Eesti_Toorahva_Kommuun, lk 41
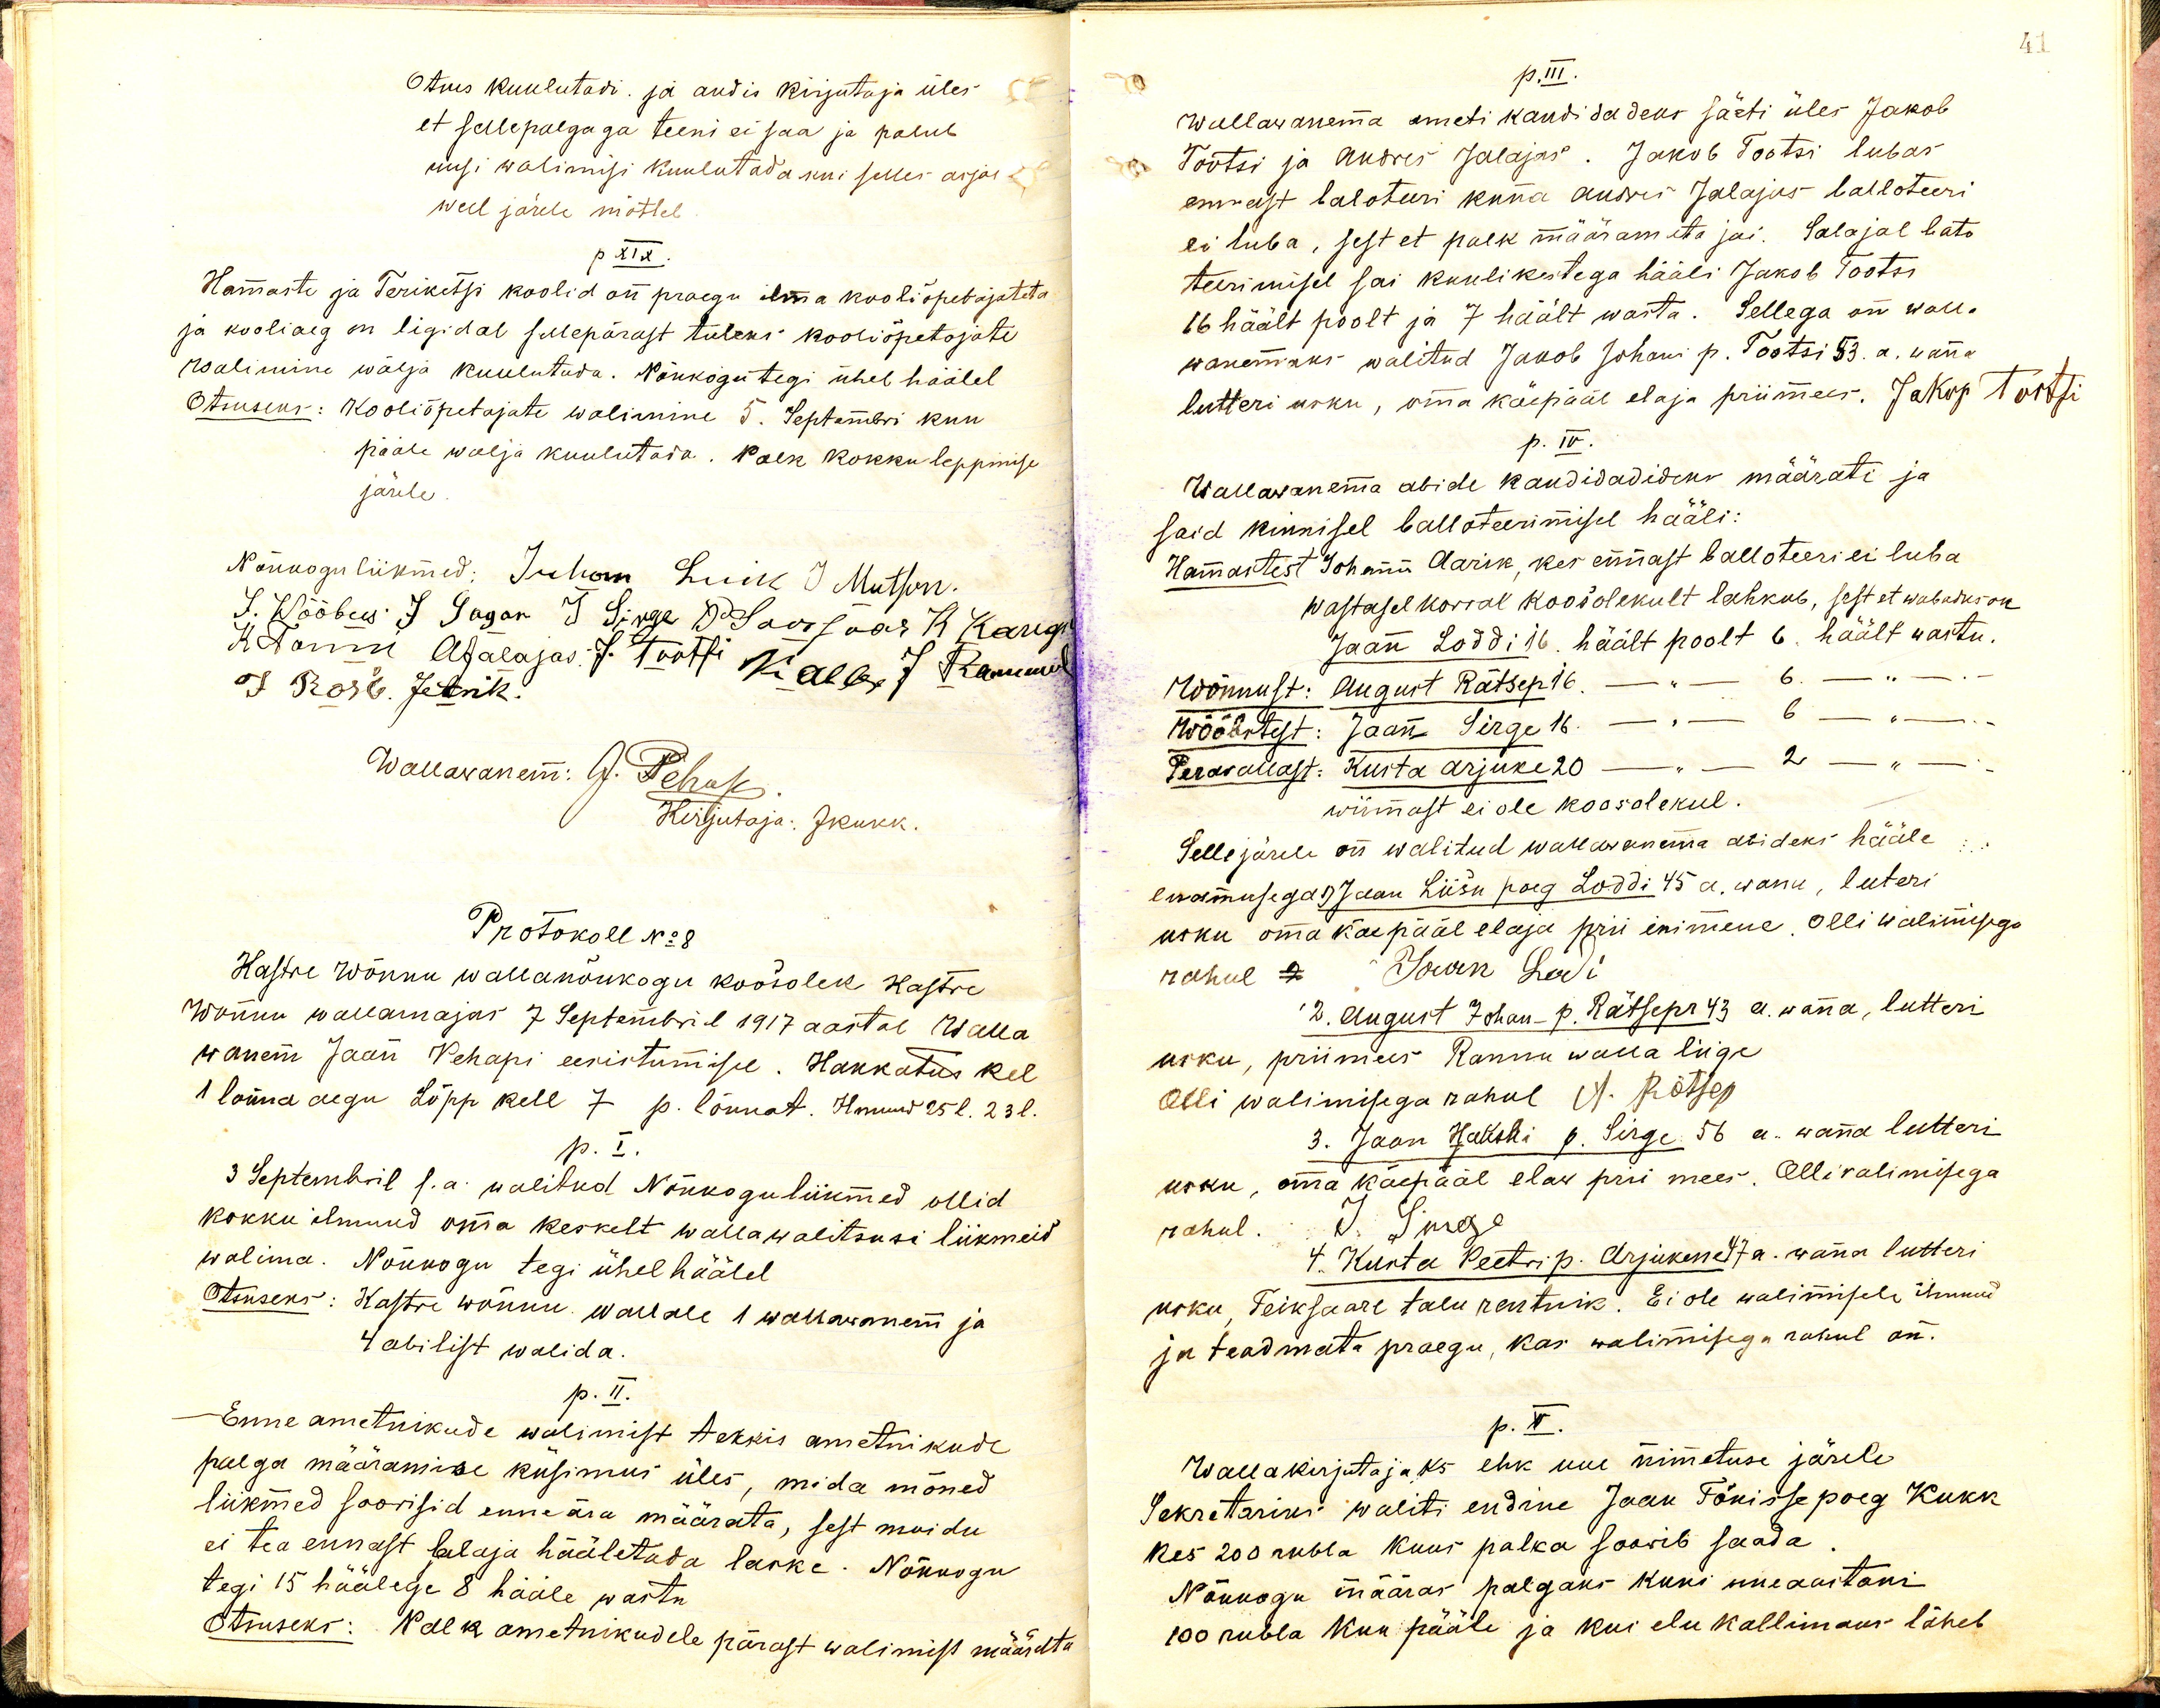
Otsus kuulutadi. ja andis kirjutaja üles
et selle palgaga teeni ei saa ja palub
uusi walimisi kuulutada kui selles asjas
weel järele mõtleb
p.XIX.
Hamaste ja Teriketsi koolid on praegu ilma kooliõpetajateta
ja kooliaeg on ligidal sellepärast tuleks kooliõpetajate
walimine wälja kuulutada. Nõukogu tegi ühel häälel
Otsuseks: Kooliõpetajate walimine 5. Septembri kuu
pääle wälja kuulutada. Palk kokku leppimise
järele
Nõukogu liikmed: Juhan Luik J Mutson.
S. Wõõbus J Jagon T. Simega Dr. Saassaar K Kang
Rätanne Alalajas J. Tootti kla 7 Rammel
§) Коль. Jefnik.
Wallawanem: J. Pehap.
Kirjutaja: JKukk.
Protokoll No:8
Kastre Wõnnu wallanõukogu koosolek Kastre
Wõnnu wallamajas 7 Septembril 1917 aastal Walla
wanem Jaan Pehapi eesistumisel. Hakkatus kel
1 lõuna aegu Lõpp kell 7 p. lõunat. Ilmund 25l. 23l.
p. I.
3 Septembril s.a. walitud Nõukogu liikmed ollid
kokku ilmund oma keskelt wallawalitsusi liikmeid
walima. Nõukogu tegi ühel häälel
Otsuseks: Kastre Wõnnu wallale 1 wallawanem ja
4 abilist walida.
p. II.
Enne ametnikude walimist tekkis ametnikude
palga määramise küsimus üles, mida mõned
liikmed soowisid enne ära määrata, sest muidu
ei tea ennast salaja hääletada laske. Nõukogu
tegi 15 häälega 8 hääle wastu
Otsuseks: Palk ametnikudele pärast walimist määrata
41
p.III.
Wallawanema ameti kandidadeks jäeti üles Jakob
Tootsi ja Andres Jalajas. Jakob Tootsi lubas
ennast baloteeri kuna Andres Jalajas balloteeri
ei luba, sest et palk määramata jäi. Salajal bato
teerimisel sai kuulikestega hääli Jakob Tootsi
16 häält poolt ja 7 häält wasta. Sellega on walla
wanemaks walitud Jakob Johani p. Tootsi 53. a. wana
lutteri usku, oma käepääl elaja priimees. Jakop Tortsi
p. IV.
Wallawanema abide kandidadideks määrati ja
said kinnisel balloteerimisel hääli:
Hamastest Johann Aarik, kes ennast balloteeri ei luba
wastasel korral koosolekult lahkub, sest et wabadus on
Jaan Loddi 16. häält poolt 6. haält wastu.
Wõnnust: August Rätsep 16. häält poolt 6. häält wastu
Wõõbstest: Jaan Sirge 16. häält poolt 6 häält wastu
Perawallast: Kusta Arjuke 20 häält poolt 2 häält wastu
wiimast ei ole koosolekul.
Selle järele on walitud wallawanema abideks hääle
enamusega Jaan Liisu poeg Loddi 45 a. wana, luteri
usku oma käepääl elaja prii inimene. Olli walimisega
rahul Ivan Ledi
2. August Johan _ p. Rätsepa 43 a. wana, lutteri
usku, priimees Rannu walla liige
Olli walimisega rahul A. Rätsep
3. Jaan Jakobi p. Sirge 56 a. wana lutteri
usku, oma käepääl elav prii mees. Olli walimisega
rahul.
J. Sirge
4. Kusta Peetri p. Arjukene 47 a. wana lutteri
usku, Teiksaare talu rentnik. Ei ole walimisele ilmunud
ja teadmata praegu, kas walimisega rahul on.
p. V.
Wallakirjutajaks ehk uue nimetuse järele
Sekretariks waliti endine Jaan Tõnisse poeg Kukk
kes 200 rubla kuus palka soowib saada.
Nõukogu määras palgaks kuni uueaastani
100 rubla kuu pääle ja kui elu kallimaks läheb